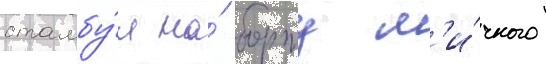
стамбу́л на́ борту л'и́чного